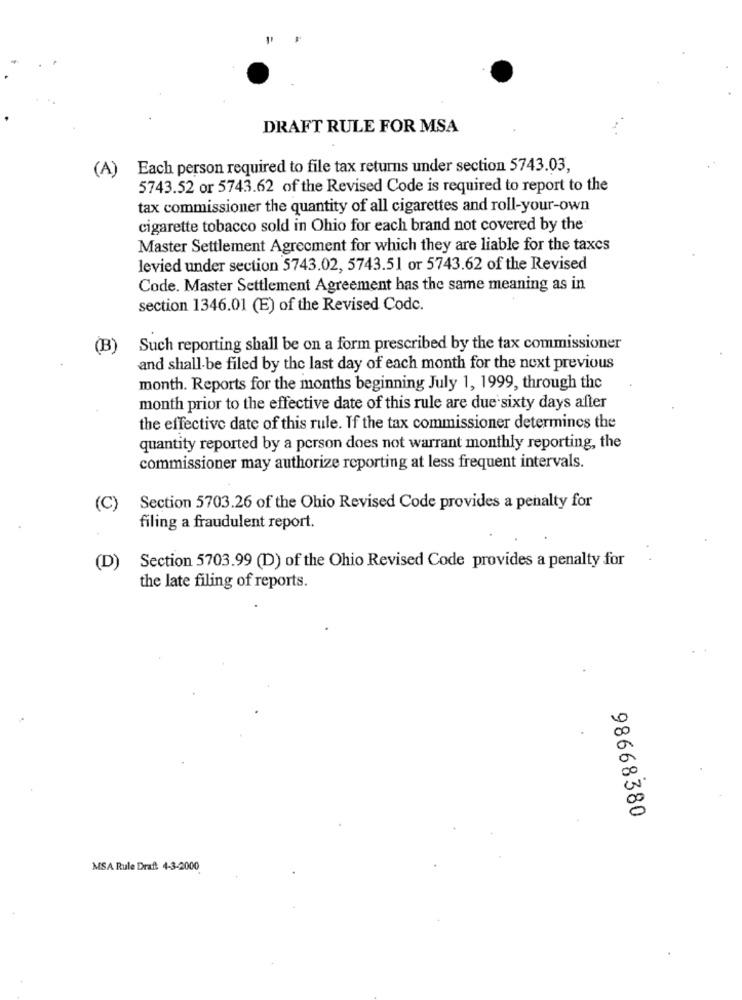
DRAFT RULE FOR MSA
(A)
Each person required to file tax returns under section 5743.03,
5743.52 or 5743.62 of the Revised Code is required to report to the
tax commissioner the quantity of all cigarettes and roll-your-own
cigarette tobacco sold in Ohio for each brand not covered by the
Master Settlement Agreement for which they are liable for the taxes
levied under section 5743.02, 5743.51 or 5743.62 of the Revised
Code. Master Settlement Agreement has the same meaning as in
section 1346.01 (E) of the Revised Codc.
(B)
Such reporting shall be on a form prescribed by the tax commissioner
and shall be filed by the last day of each month for the next previous
month. Reports for the months beginning July 1, 1999, through the
month prior to the effective date of this rule are due sixty days after
the effective date of this rule. If the tax commissioner determines the
quantity reported by a person does not warrant monthly reporting, the
commissioner may authorize reporting at less frequent intervals.
(C)
Section 5703.26 of the Ohio Revised Code provides a penalty for
filing a fraudulent report.
(D)
Section 5703.99 (D) of the Ohio Revised Code provides a penalty for
the late filing of reports.
00
00
50
98668380
MSA Rule Draft 4-3-2000